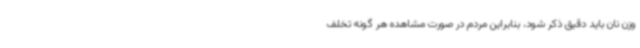
وزن نان باید دقیق ذکر شود، بنابراین مردم در صورت مشاهده هر گونه تخلف